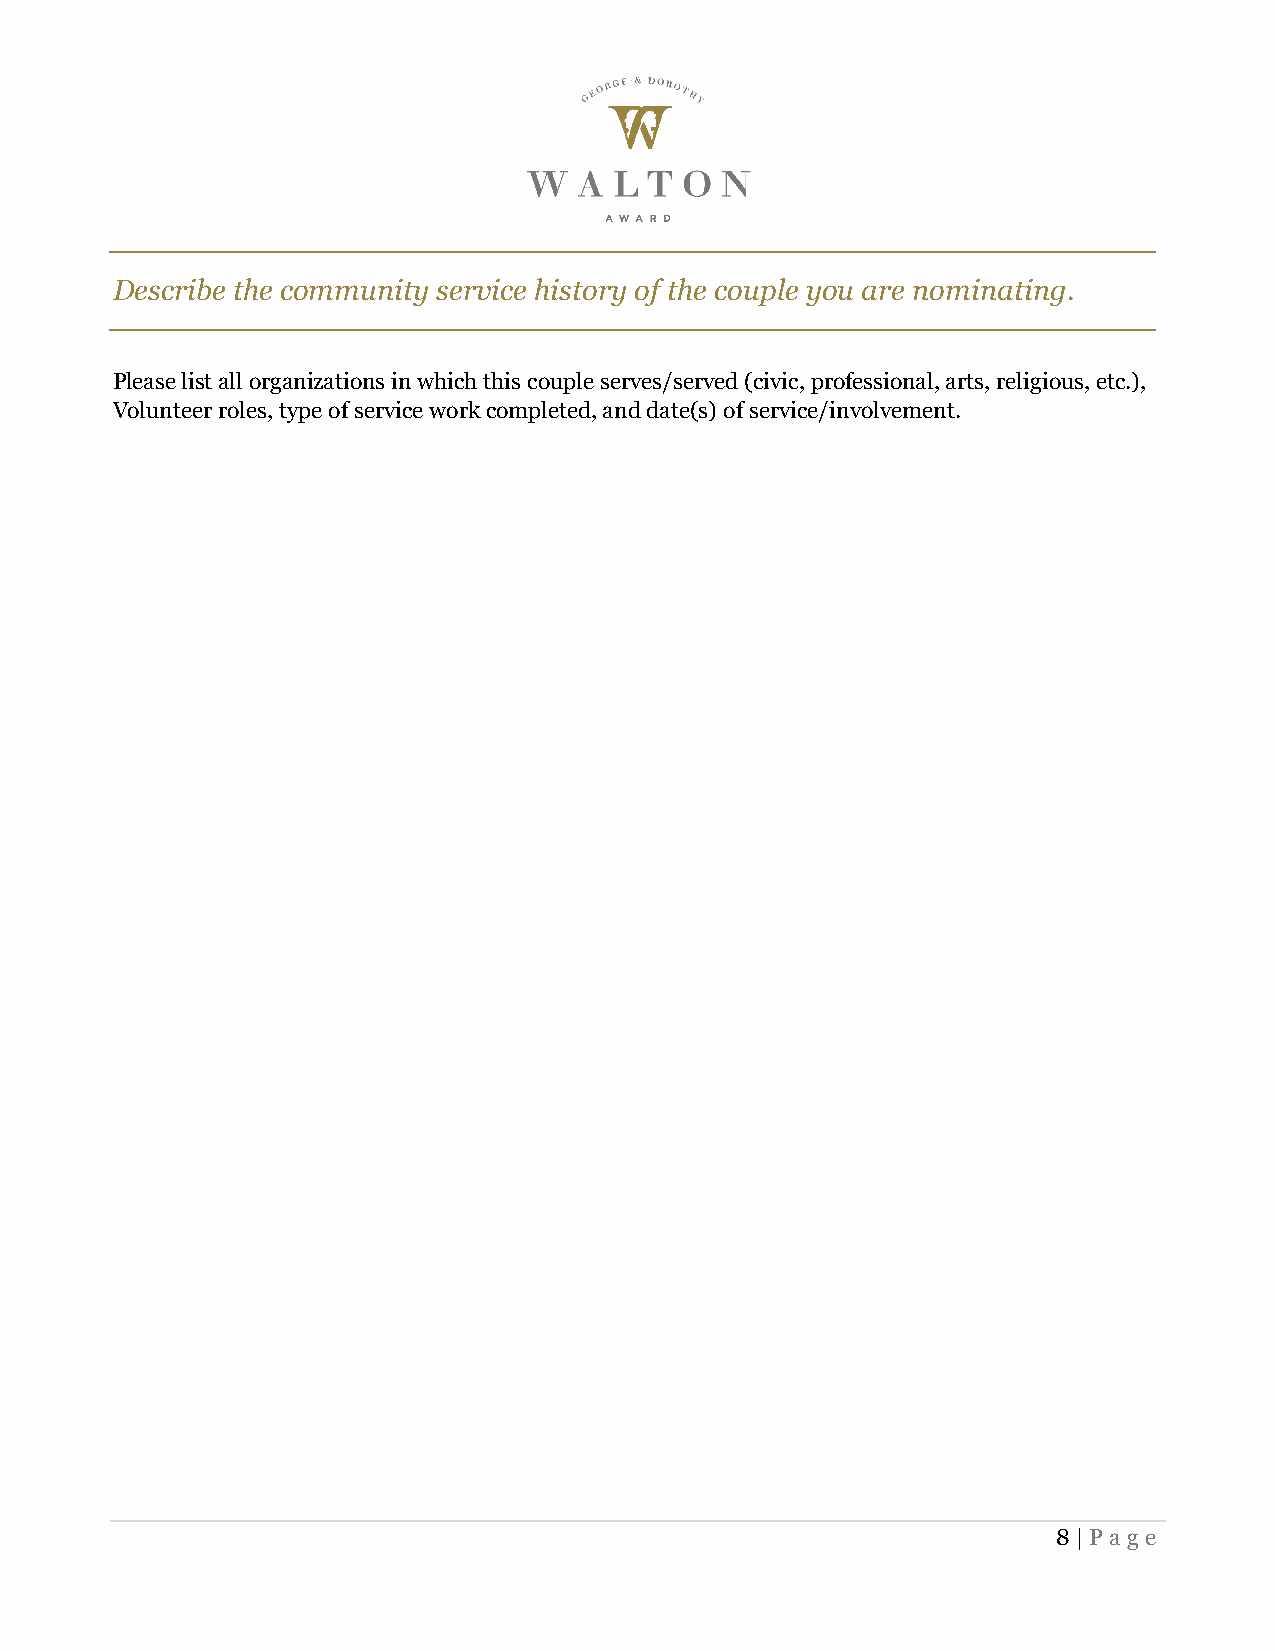
Describe the community service history of the couple you are nominating.
 Please list all organizations in which this couple serves/served (civic, professional, arts, religious, etc.),
 Volunteer roles, type of service work completed, and date(s) of service/involvement.
 8 | Page